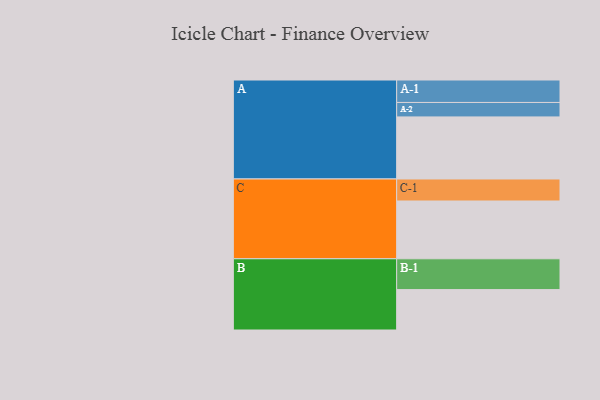
{"axis": {"x": "Segment", "y": "Value"}, "legend": ["", "A", "B", "C"], "data": [{"x": "A", "y": 550, "type": ""}, {"x": "B", "y": 358, "type": ""}, {"x": "C", "y": 512, "type": ""}, {"x": "A-1", "y": 199, "type": "A"}, {"x": "A-2", "y": 128, "type": "A"}, {"x": "B-1", "y": 273, "type": "B"}, {"x": "C-1", "y": 195, "type": "C"}]}